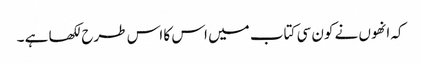
کہ انھوں نے کون سی کتاب میں اس کا اس طرح لکھا ہے ۔